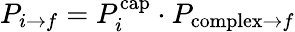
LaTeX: P_{i\to f}=P_{i}^{\mathrm{cap}}\cdot P_{\mathrm{complex}\to f}